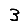
Digit: 3